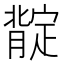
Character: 𱼟